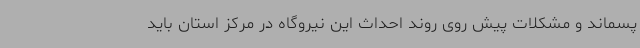
پسماند و مشکلات پیش روی روند احداث این نیروگاه در مرکز استان باید